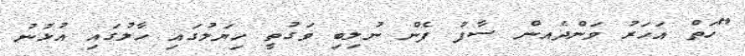
"ހަތް އަހަރު ވަންދެއން ސާފު ފެން ނުލިބި ވަގުތީ ހިޔަލުގައި ހާލުގައި އުޅުނު